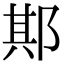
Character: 𨛺